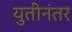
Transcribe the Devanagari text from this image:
युतीनंतर